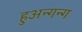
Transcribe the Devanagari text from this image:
हुअन्गन्ग